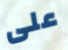
على